Annual statistical returns and brief notes on vaccination in Bengal - 1909-1929
Year: 1909
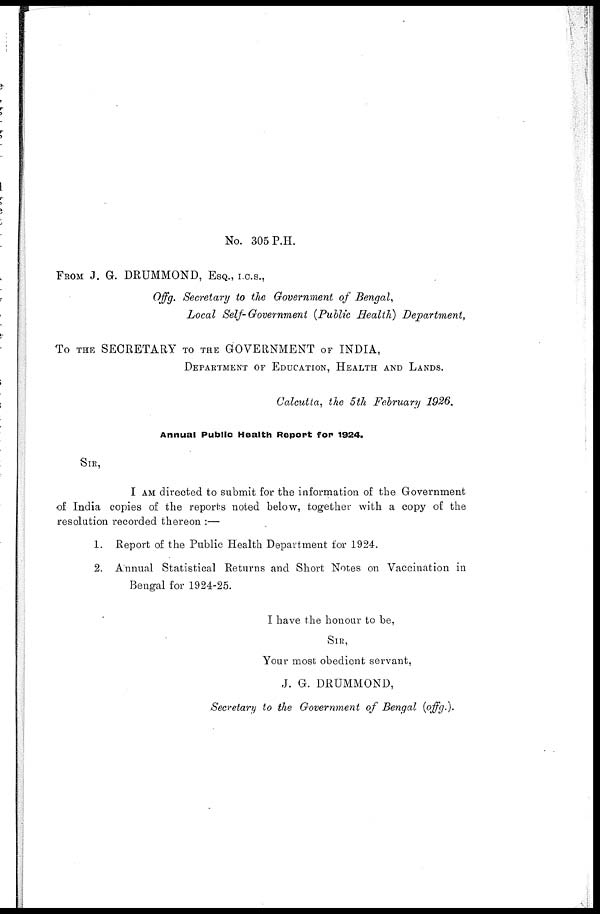
No. 305 P.H.
FROM J. G. DRUMMOND, ESQ., I.C.S.,
Offg. Secretary to the Government of Bengal,
Local Self-Government (Public Health) Department,
To THE SECRETARY TO THE GOVERNMENT OF INDIA,
DEPARTMENT OF EDUCATION, HEALTH AND LANDS.
Calcutta, the 5th February 1926.
Annual Public Health Report for 1924.
SIR,
I AM directed to submit for the information of the Government
of India copies of the reports noted below, together with a copy of the
resolution recorded thereon :—
1. Report of the Public Health Department for 1924.
2. Annual Statistical Returns and Short Notes on Vaccination in
Bengal for 1924-25.
I have the honour to be,
SIR,
Your most obedient servant,
J. G. DRUMMOND,
Secretary to the Government of Bengal (offg.).